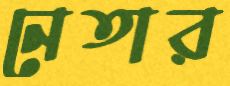
নেতার